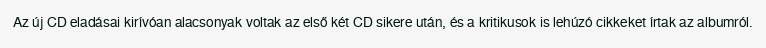
Az új CD eladásai kirívóan alacsonyak voltak az első két CD sikere után, és a kritikusok is lehúzó cikkeket írtak az albumról.